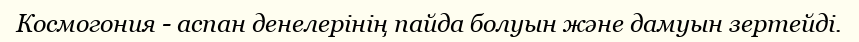
Космогония - аспан денелерінің пайда болуын және дамуын зертейді.